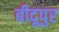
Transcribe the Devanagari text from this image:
बीदूपुर